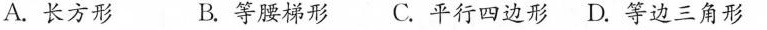
A. 长方形 B. 等腰梯形 C. 平行四边形 D. 等边三角形